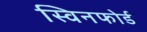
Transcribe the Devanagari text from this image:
स्विनफोर्ड